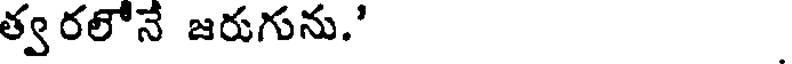
త్వరలోనే జరుగును.'